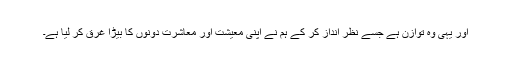
اور یہی وہ توازن ہے جسے نظر انداز کر کے ہم نے اپنی معیشت اور معاشرت دونوں کا بیڑا غرق کر لیا ہے۔